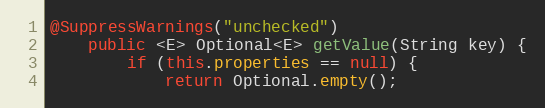
Language: Java
@SuppressWarnings("unchecked")
    public <E> Optional<E> getValue(String key) {
        if (this.properties == null) {
            return Optional.empty();